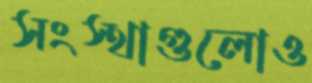
সংস্থাগুলোও